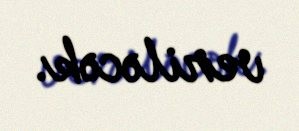
veriləcək.